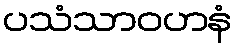
ပသံသာဝဟနံ